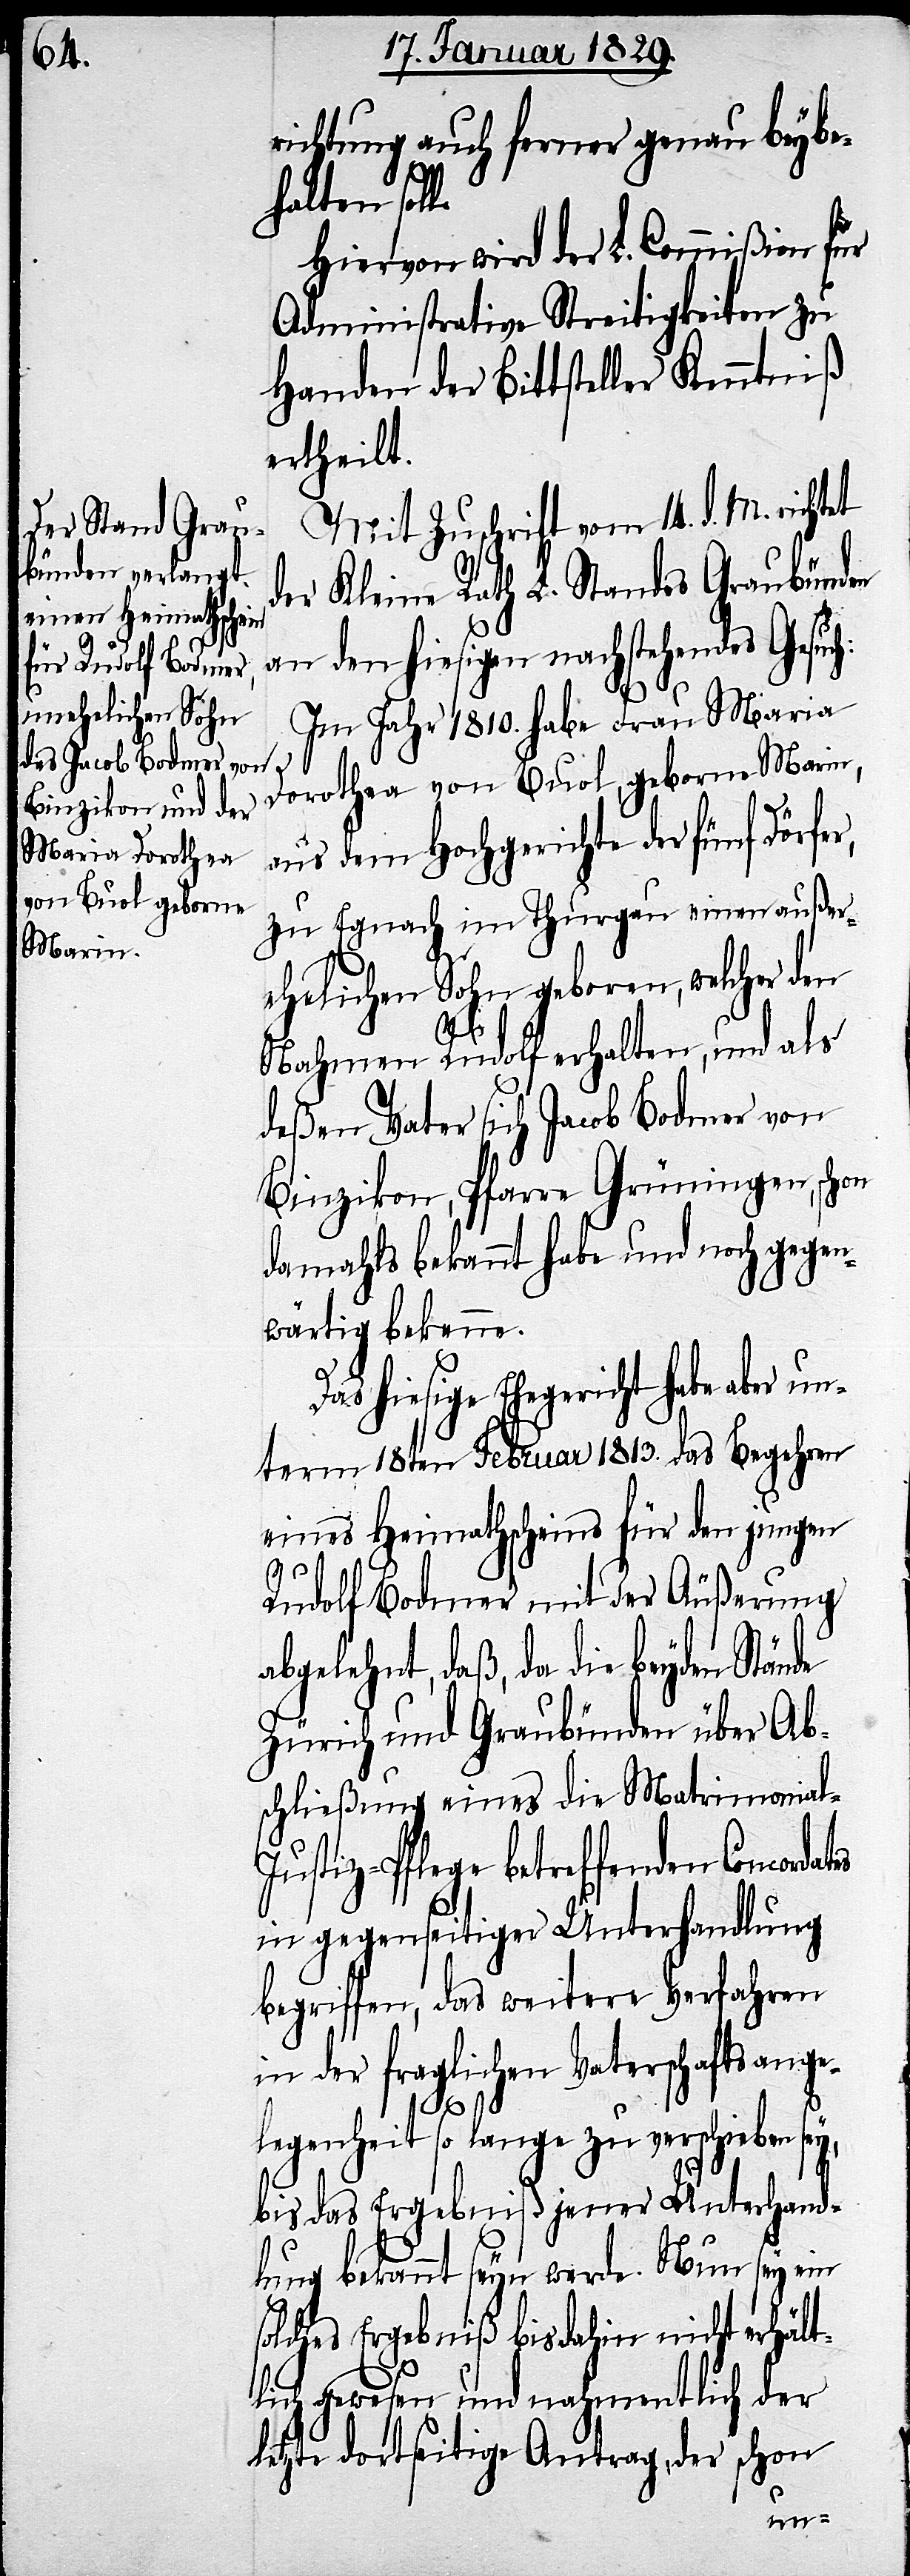
richtung auch ferner genau beybe¬
halten soll.
Hiervon wird der L. Commißion für
Administrative Streitigkeiten zu
Handen der Bittsteller Kenntniß
ertheilt.
Mit Zuschrift vom 14. d. M. richtet
der Kleine Rath L. Standes Graubünden
an den hiesigen nachstehendes Gesuc¬
Im Jahr 1810. habe Frau Maria
Dorothea von Buol, geborne Marin,
aus dem Hochgerichte der fünf Dörfer,
zu Egnach im Thurgau einen außer¬
ehelichen Sohn geboren, welcher den
l-J¬
Nahmen Rudolf erhalten, und als
deßen Vater sich Jacob Bodmer von
Binzikon, Pfarre Grüningen, schon
damahls bekannt habe und noch gegen¬
wärtig bekenne.
hiesige Ehegericht habe aber u¬
nterm 18ten Februar 1813. das Begehren
eines Heimathscheins für den jungen
Rudolf Bodmer mit der Äusserung
abgelehnt, daß, da die beyden Stände
Zürich und Graubünden über Ab¬
schließung eines die Matrimonia¬
ustiz-Pflege betreffenden Concorda¬
in gegenseitiger Unterhandlung
begriffen, das weitere Verfahren
in der fraglichen Vaterschaftsange¬
ts
legenheit so lange zu verschieben
bis das Ergebniß jener Unterhand¬
lung bekannt seyn werde. Nun sey ein
solches Ergebniß bis dahin nicht erhält¬
lich gewesen und nahmentlich der
letzte dortseitige Antrag, der schon